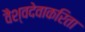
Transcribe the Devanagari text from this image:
वैश्वदेवाकरिता